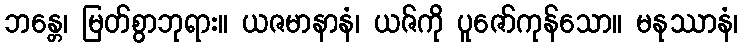
ဘန္တေ၊ မြတ်စွာဘုရား။ ယဇမာနာနံ၊ ယဇ်ကို ပူဇော်ကုန်သော။ မနုဿာနံ၊